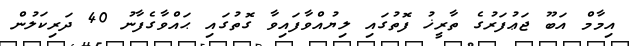
އިމާމް އަބޫ ޖަޢުފަރުގެ ތާރީޚު ފޮތުގައި ލިޔުއްވާފައިވާ ގޮތުގައި ޙައްވާގެފާނު 40 ދަރިކަލުން